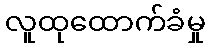
လူထုထောက်ခံမှု